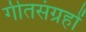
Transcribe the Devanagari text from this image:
गीतसंग्रहों